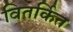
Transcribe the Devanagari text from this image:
वितर्कित